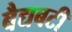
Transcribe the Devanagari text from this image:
बैद्यबटी